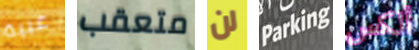
غبية متعقب لن Parking ألكس